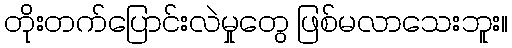
တိုးတက်ပြောင်းလဲမှုတွေ ဖြစ်မလာသေးဘူး။